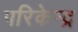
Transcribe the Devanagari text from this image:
परिकेन्द्र